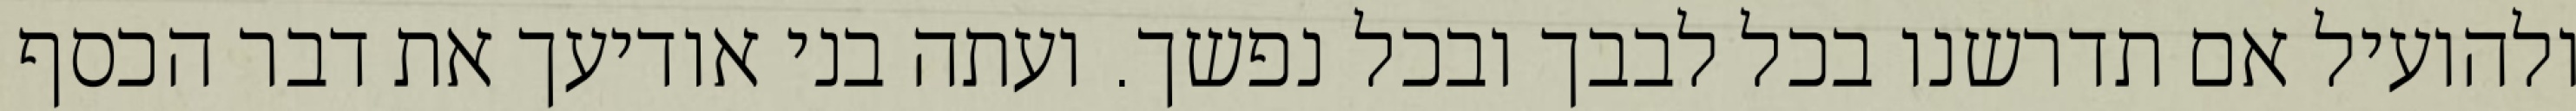
ולהועיל אם תדרשנו בכל לבבך ובכל נפשך. ועתה בני אודיעך את דבר הכסף